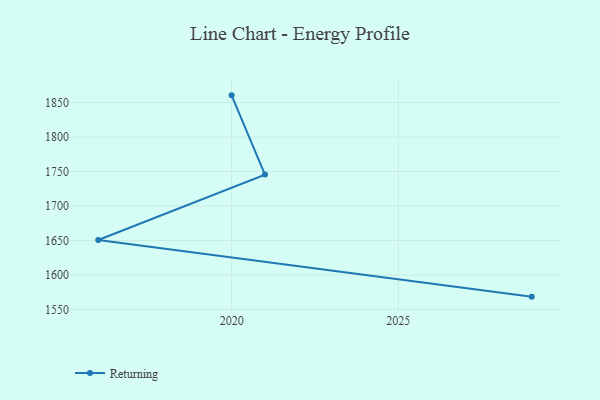
{"axis": {"x": "Year", "y": "Latency (ms)"}, "legend": ["Returning"], "data": [{"x": "2020", "y": 1860.6, "type": "Returning"}, {"x": "2021", "y": 1745.6, "type": "Returning"}, {"x": "2016", "y": 1650.7, "type": "Returning"}, {"x": "2029", "y": 1568.5, "type": "Returning"}]}